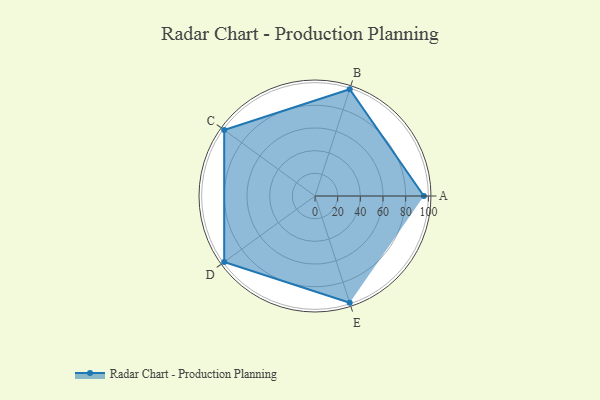
{"axis": {"x": "Skill", "y": "Score"}, "legend": ["Profile"], "data": [{"x": "A", "y": 96.0, "type": "Profile"}, {"x": "B", "y": 99, "type": "Profile"}, {"x": "C", "y": 99, "type": "Profile"}, {"x": "D", "y": 99, "type": "Profile"}, {"x": "E", "y": 99, "type": "Profile"}]}